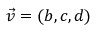
{ \vec { v } } = ( b , c , d )